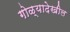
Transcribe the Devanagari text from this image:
गोळ्यादेखील